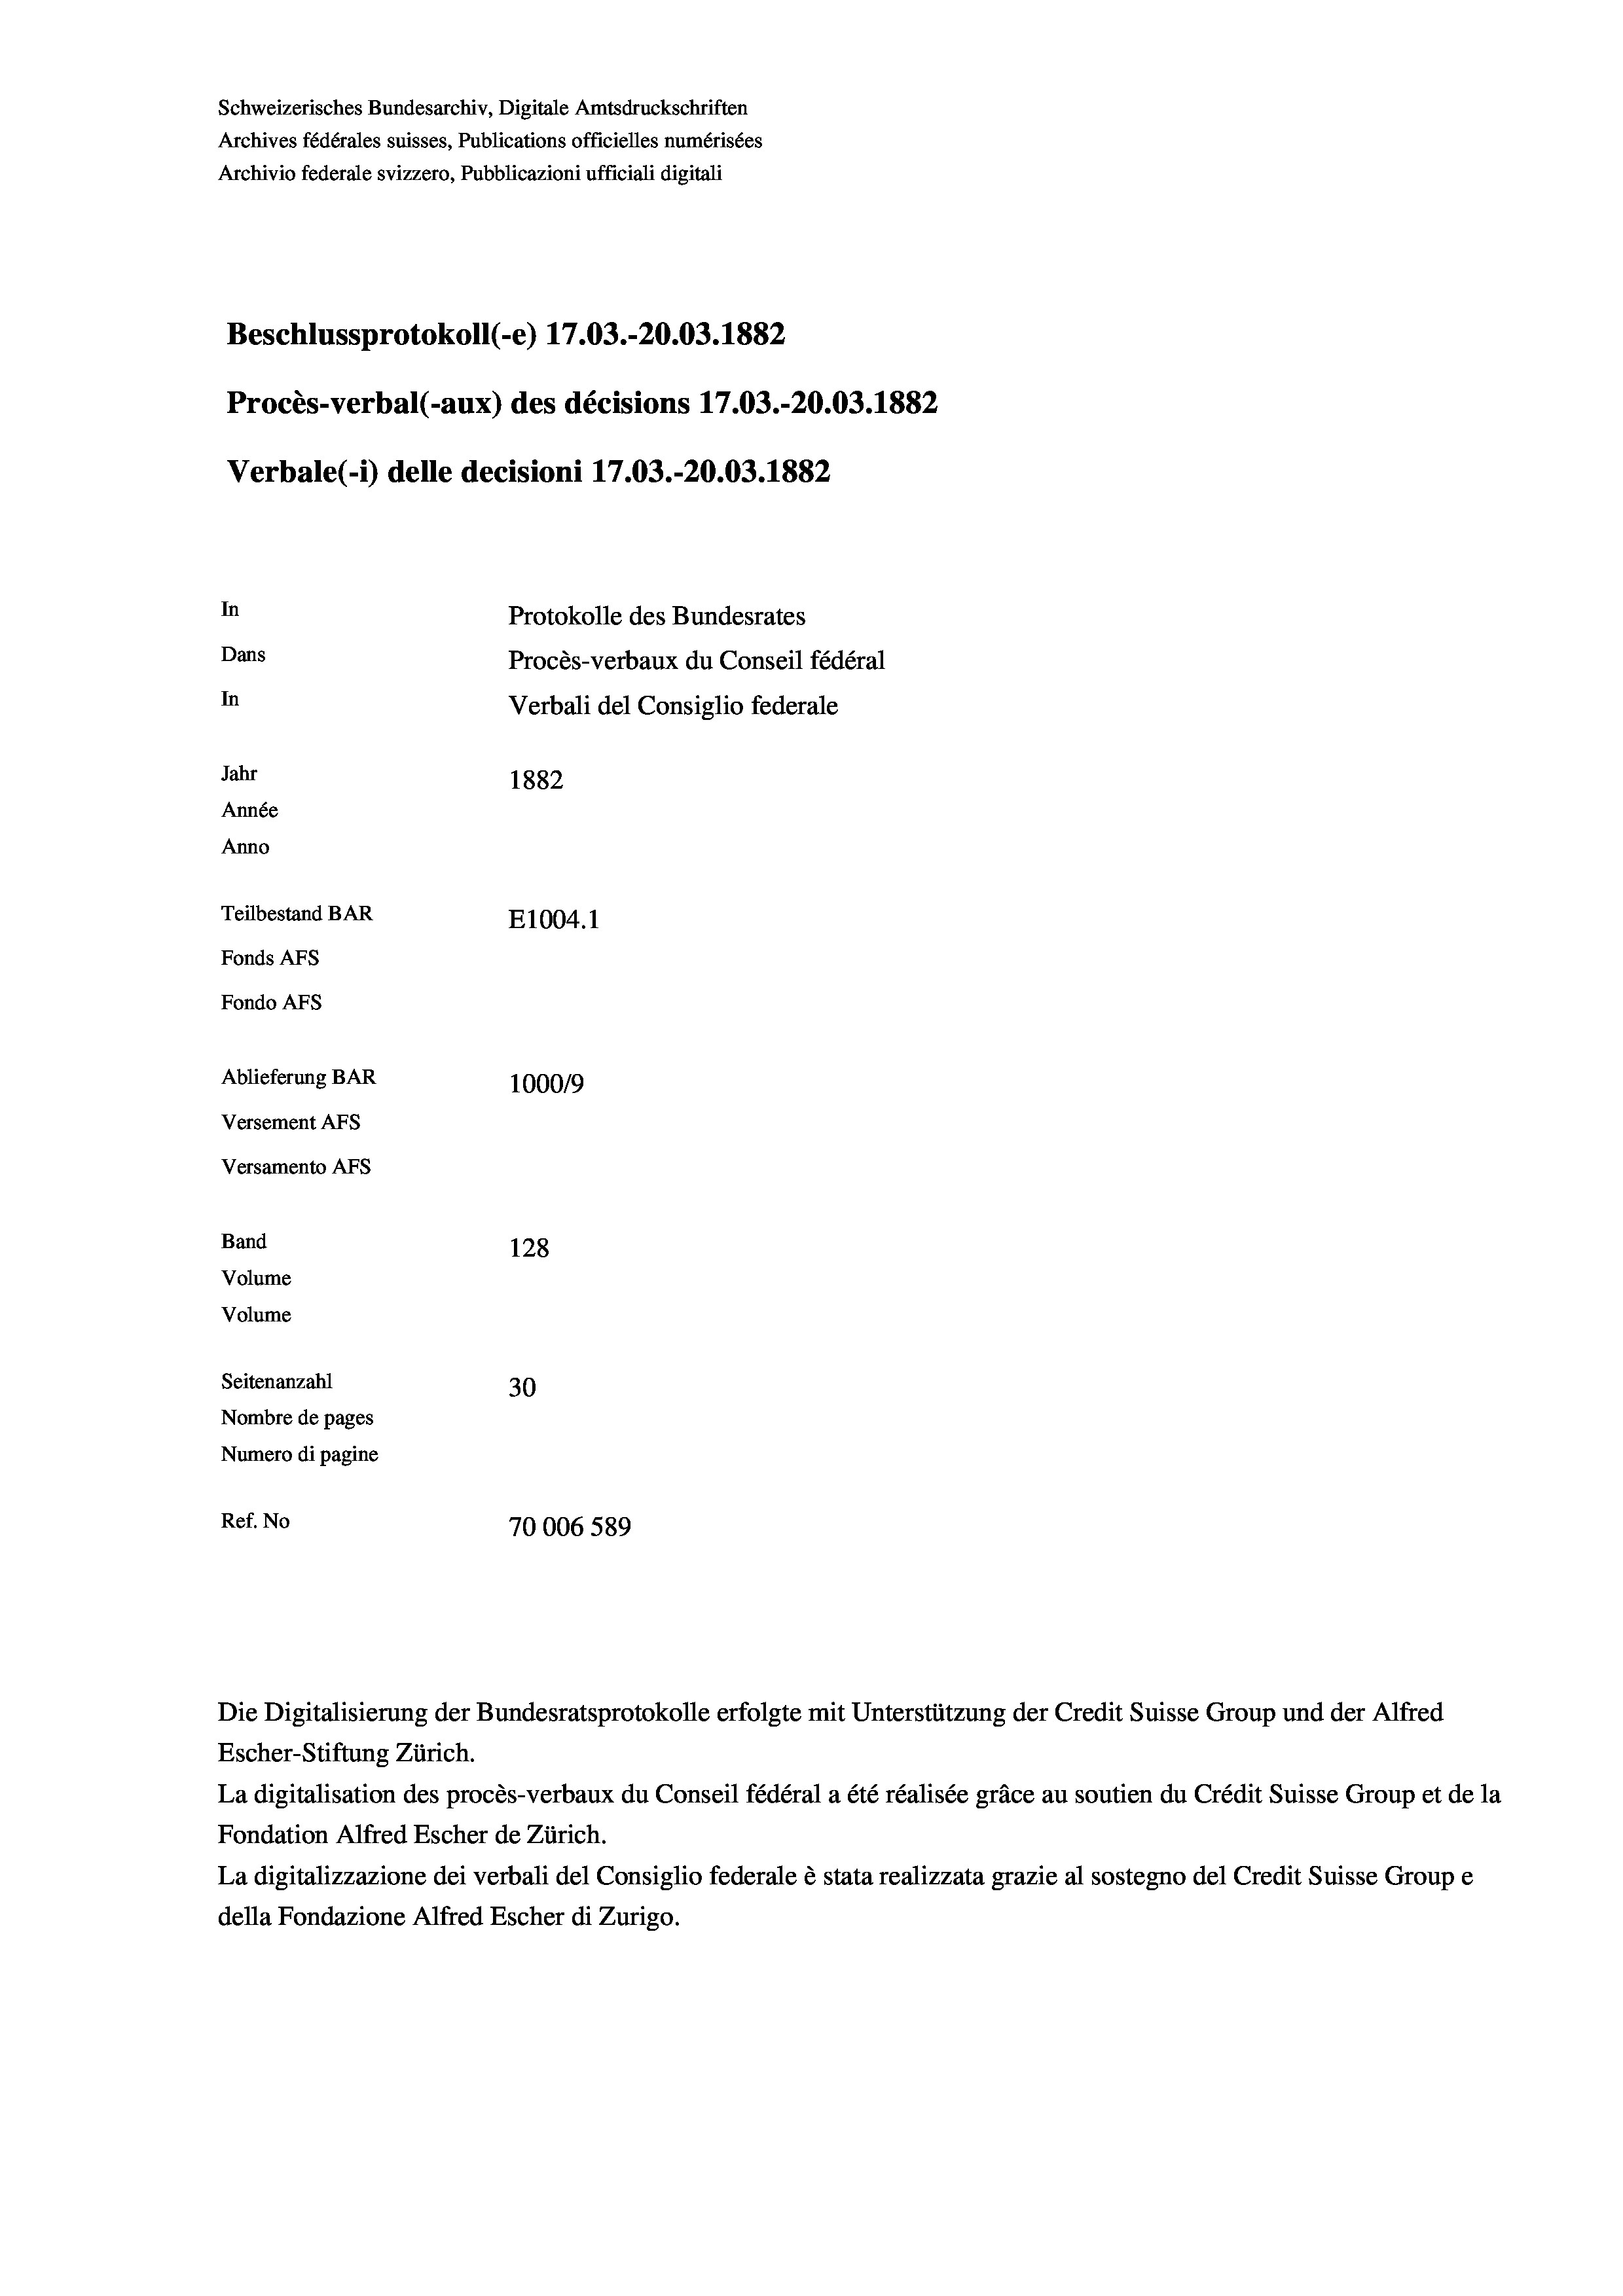
Beschlussprotokoll (e) 17.03.-20.03. 1882
Procès-verbal (-aux) des décisions 17.03.-20.03. 1882
In
Protokolle des Bundesrates
Dans
Procès-verbaux du Conseil fédéral
In
Verbali del Consiglio federale
Jahr
1882
Année
Anno
Teilbestand BAR
E1004. 1
Fonds AFs
Fondo AFS
Ablieferung BAR
100019
Versement AFs

Versamento AFs
Band
Volume
Volume
Seitenanzahl

Schweizerisches Bundesarchiv, Digitale Amtsdruckschriften
Archives fédérales suisses, Publications officielles numérisées
Archivio federale svizzero, Pubblicazioni ufficiali digitali

Verbale(*) delle decisioni 17.03.-20.03. 1882

128
30
Nombre de pages
Numero di pagine
Ref. No
70006 589

Escher-Stiftung Zürich.
La digitalisation des procès-verbaux du Conseil fédéral a été réalisée gräce au soutien du Crédit Suisse Group et de la
Fondation Alfred Escher de Zürich.
La digitalizzazione dei verbali del Consiglio federale è stata realizzata grazie al sostegno del Credit Suisse Groupe
della Fondazione Alfred Escher di Zurigo.

Die Digitalisierung der Bundesratsprotokolle erfolgte mit Unterstützung der Credit Suisse Group und der Alfred